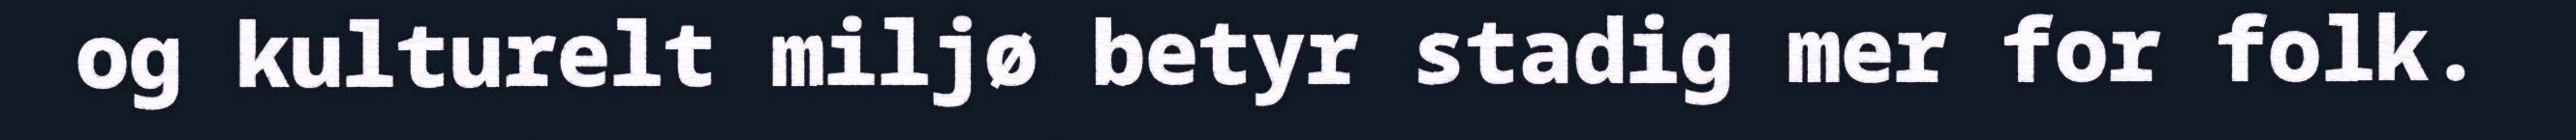
og kulturelt miljø betyr stadig mer for folk.